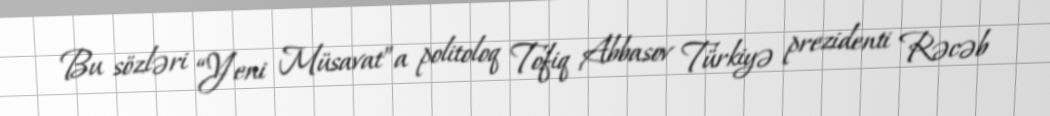
Bu sözləri “Yeni Müsavat”a politoloq Tofiq Abbasov Türkiyə prezidenti Rəcəb